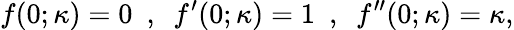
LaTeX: f(0;\kappa)=0~~,~~f^{\prime}(0;\kappa)=1~~,~~f^{\prime\prime}(0;\kappa)=\kappa,